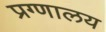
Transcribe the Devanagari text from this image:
प्रग्णालय